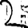
Digit: 2